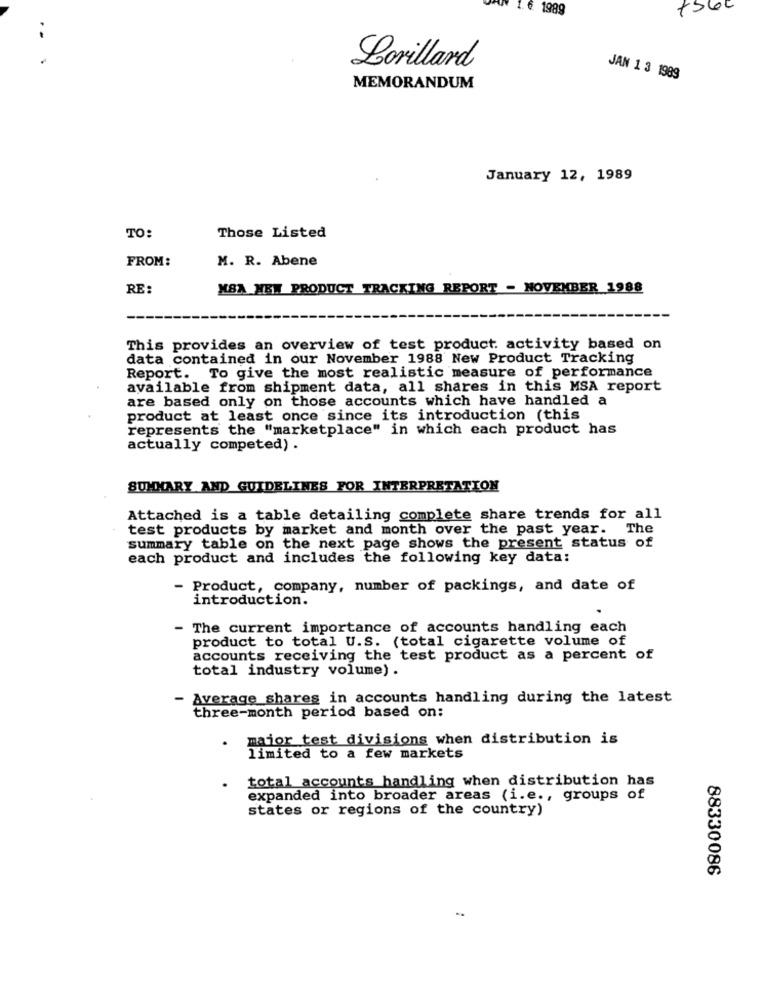
1. 6 1989
Lorillard
JAN 1 3 1989
MEMORANDUM
January 12, 1989
TO:
Those Listed
FROM:
M. R. Abene
RE:
NBA NEW PRODUCT TRACKING REPORT - NOVEMBER 1988
This provides an overview of test product. activity based on
data contained in our November 1988 New Product Tracking
Report. To give the most realistic measure of performance
available from shipment data, all shares in this MSA report
are based only on those accounts which have handled a
product at least once since its introduction (this
represents the "marketplace" in which each product has
actually competed) .
SUMMARY AND GUIDELINES FOR INTERPRETATION
Attached is a table detailing complete share trends for all
test products by market and month over the past year. The
summary table on the next page shows the present status of
each product and includes the following key data:
- Product, company, number of packings, and date of
introduction.
- The current importance of accounts handling each
product to total U.S. (total cigarette volume of
accounts receiving the test product as a percent of
total industry volume) .
- Average shares in accounts handling during the latest
three-month period based on:
major test divisions when distribution is
limited to a few markets
total accounts handling when distribution has
expanded into broader areas (i.e ., groups of
states or regions of the country)
88330086